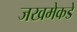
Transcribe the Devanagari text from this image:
जखमेकडे